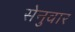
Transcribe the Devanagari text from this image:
सेनुवार